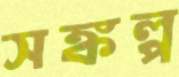
সঙ্কল্প